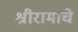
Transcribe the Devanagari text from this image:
श्रीरामाचे